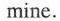
mine.